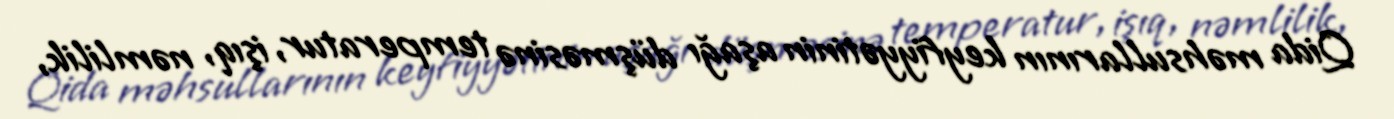
Qida məhsullarının keyfiyyətinin aşağı düşməsinə temperatur, işıq, nəmlilik,